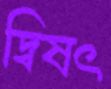
দ্বিষৎ